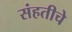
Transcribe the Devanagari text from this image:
संहतीचे